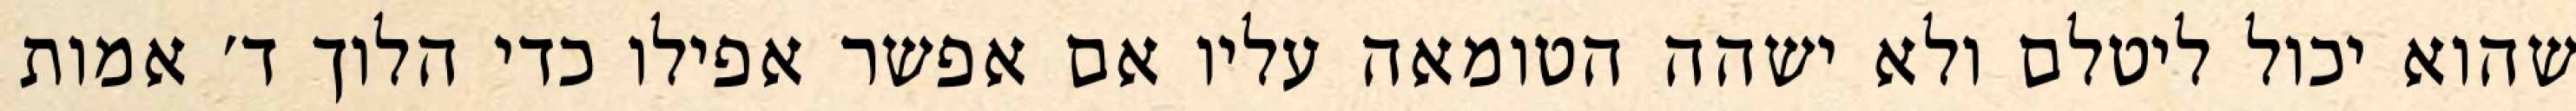
שהוא יכול ליטלם ולא ישהה הטומאה עליו אם אפשר אפילו כדי הלוך ד׳ אמות